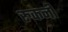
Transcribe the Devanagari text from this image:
रुकनी